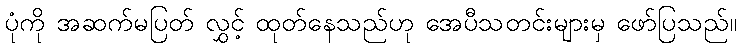
ပုံကို အဆက်မပြတ် လွှင့် ထုတ်နေသည်ဟု အေပီသတင်းများမှ ဖော်ပြသည်။